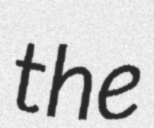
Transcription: the